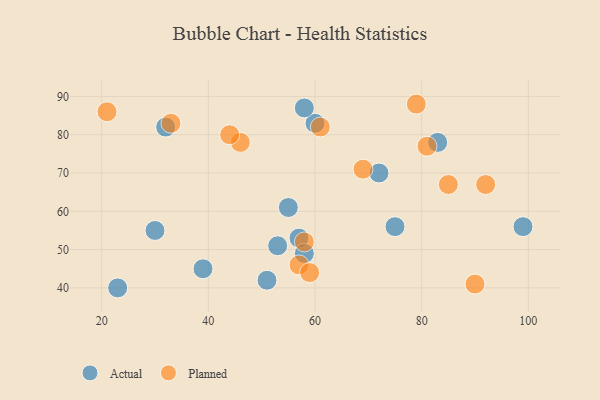
{"axis": {"x": "GDP", "y": "Life Expectancy"}, "legend": ["Actual", "Planned"], "data": [{"x": "51", "y": 42, "type": "Actual"}, {"x": "32", "y": 82, "type": "Actual"}, {"x": "57", "y": 53, "type": "Actual"}, {"x": "83", "y": 78, "type": "Actual"}, {"x": "99", "y": 56, "type": "Actual"}, {"x": "39", "y": 45, "type": "Actual"}, {"x": "55", "y": 61, "type": "Actual"}, {"x": "53", "y": 51, "type": "Actual"}, {"x": "72", "y": 70, "type": "Actual"}, {"x": "58", "y": 49, "type": "Actual"}, {"x": "60", "y": 83, "type": "Actual"}, {"x": "30", "y": 55, "type": "Actual"}, {"x": "75", "y": 56, "type": "Actual"}, {"x": "58", "y": 87, "type": "Actual"}, {"x": "23", "y": 40, "type": "Actual"}, {"x": "58", "y": 52, "type": "Planned"}, {"x": "21", "y": 86, "type": "Planned"}, {"x": "81", "y": 77, "type": "Planned"}, {"x": "46", "y": 78, "type": "Planned"}, {"x": "33", "y": 83, "type": "Planned"}, {"x": "90", "y": 41, "type": "Planned"}, {"x": "61", "y": 82, "type": "Planned"}, {"x": "85", "y": 67, "type": "Planned"}, {"x": "57", "y": 46, "type": "Planned"}, {"x": "79", "y": 88, "type": "Planned"}, {"x": "92", "y": 67, "type": "Planned"}, {"x": "69", "y": 71, "type": "Planned"}, {"x": "59", "y": 44, "type": "Planned"}, {"x": "44", "y": 80, "type": "Planned"}]}